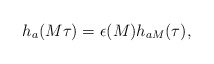
\begin{align*}h_a(M\tau)= \epsilon(M) h_{aM}(\tau),\end{align*}